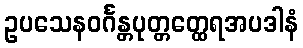
ဥပသေနဝင်္ဂန္တပုတ္တတ္ထေရအပဒါနံ